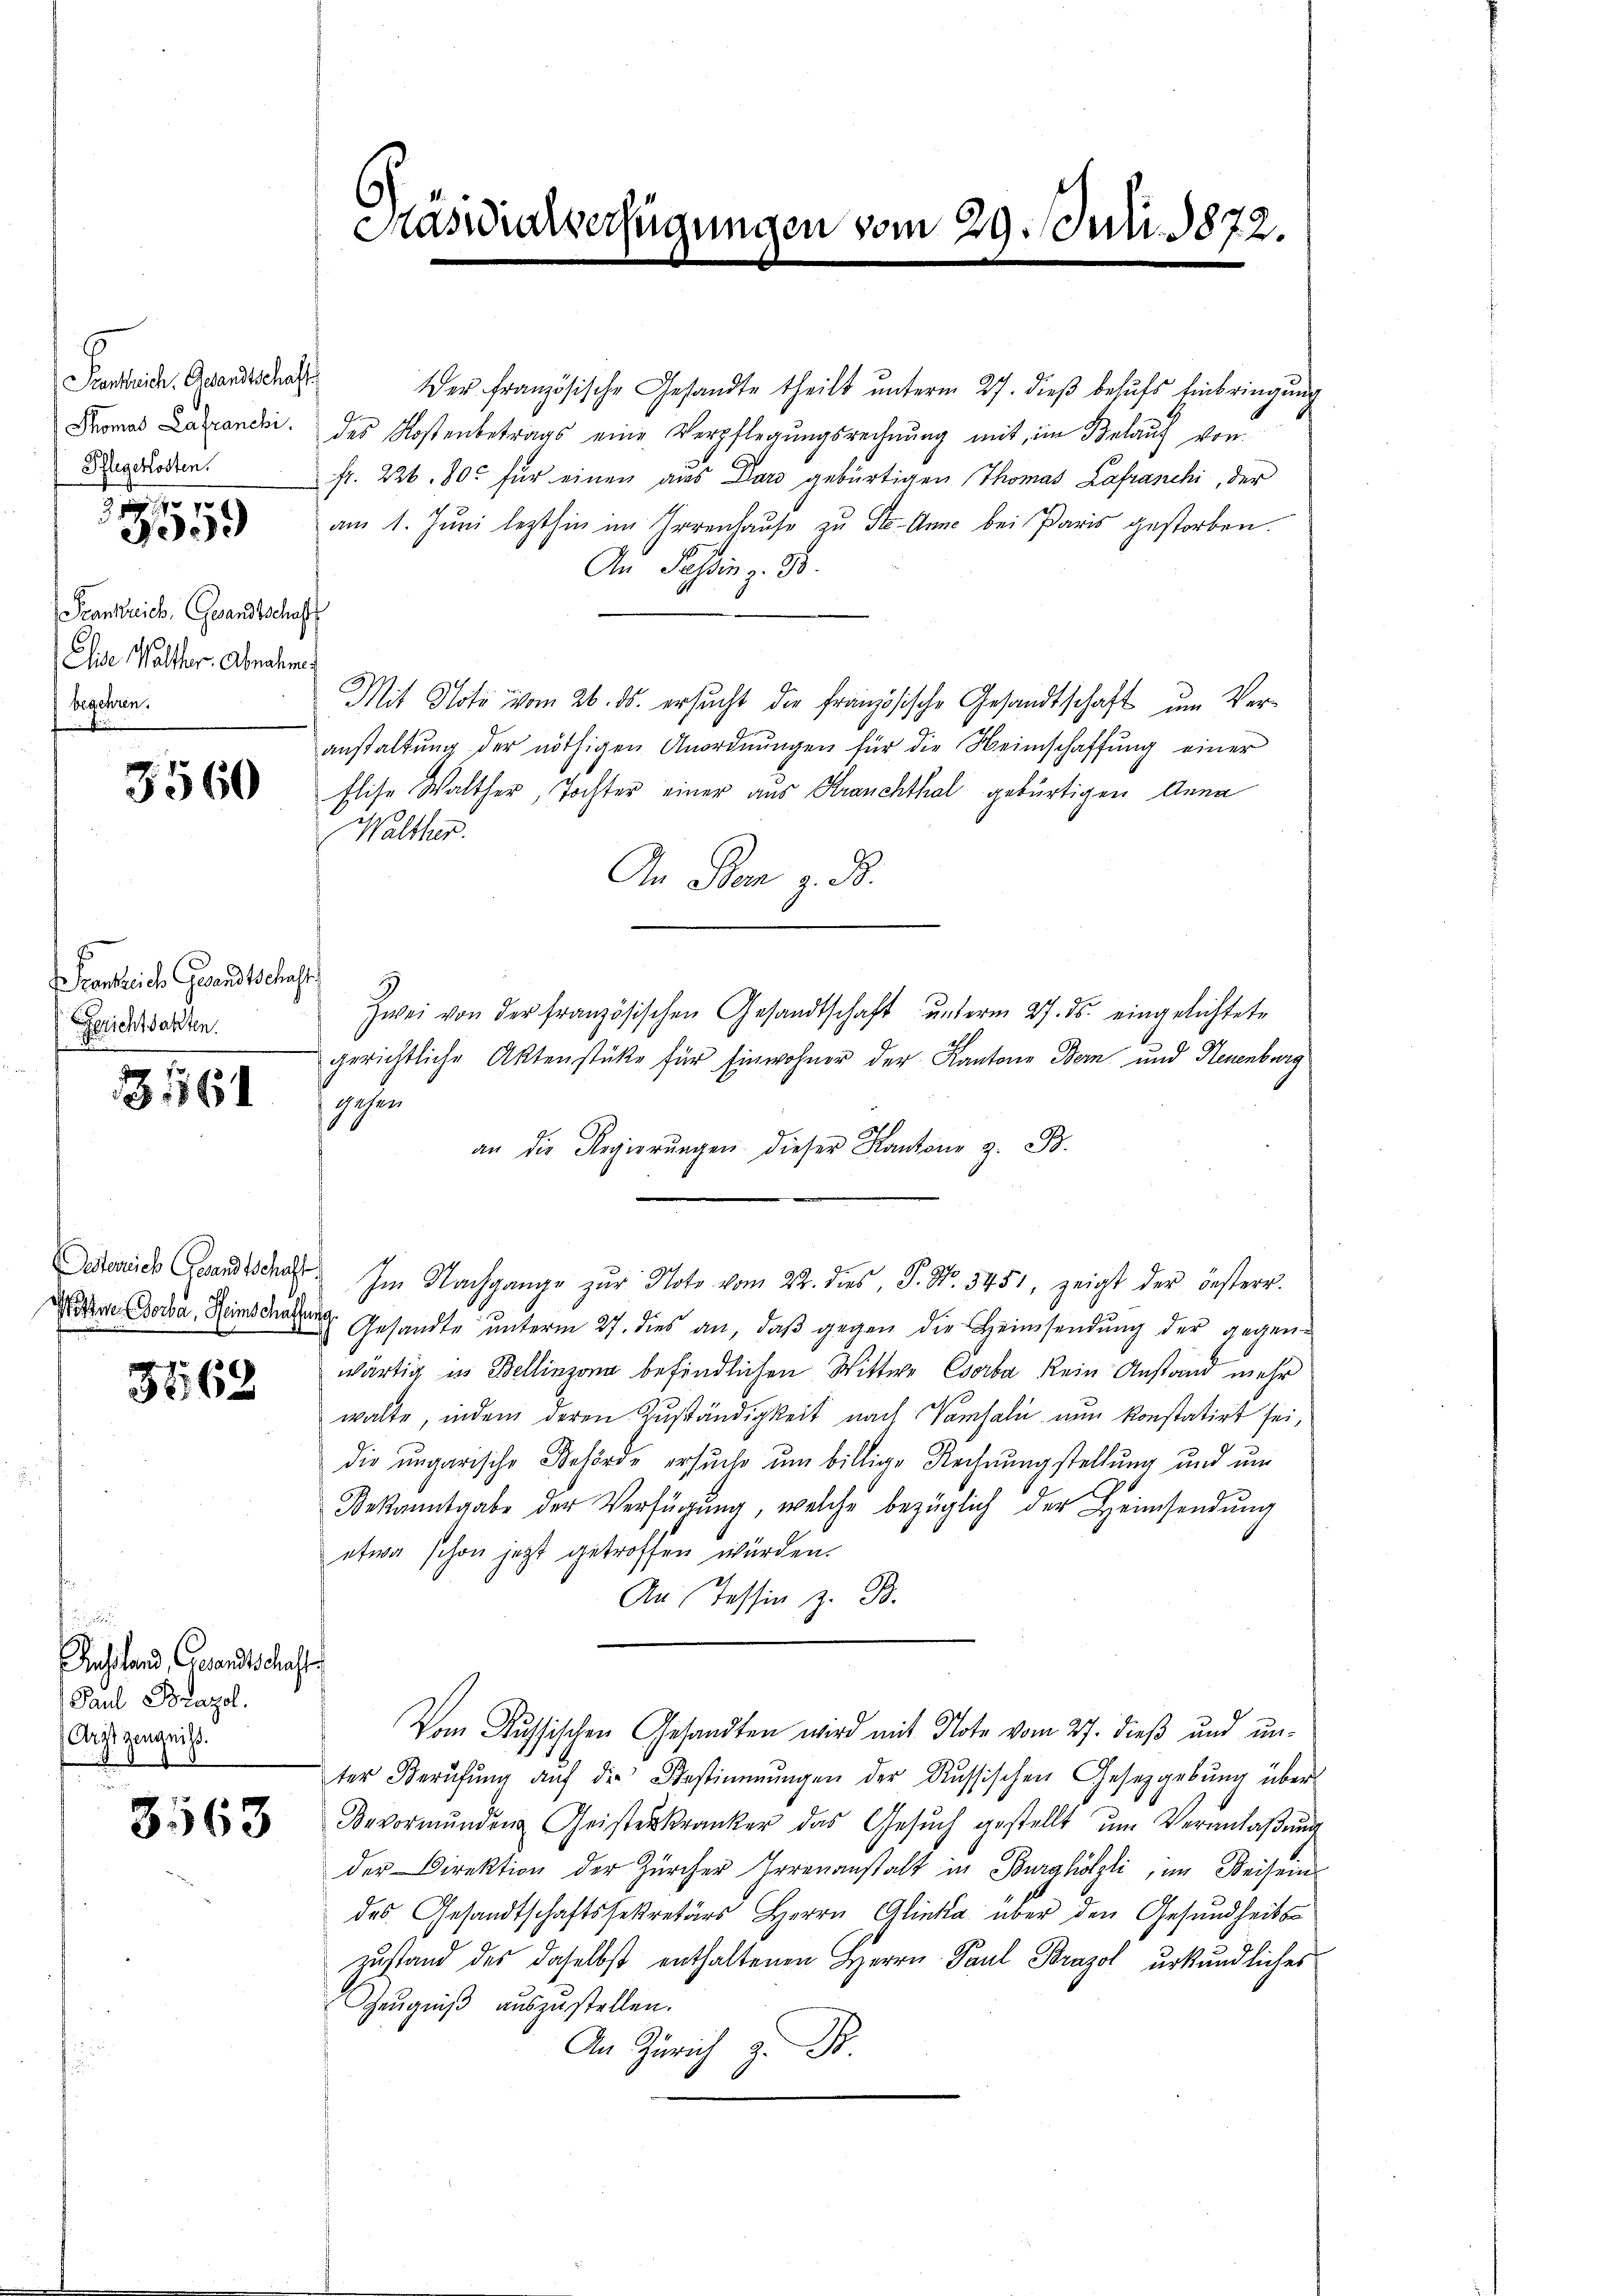
Seestreich. Gesandtschaft
Thomas Lafranchi.
Pflegekosten.

3 f 0 x
900.

Frankreich, Gesandtsche
Elise Walther, Abnahm
begehren.

3560

Krankreich Gesandtschaft
Gerichtsakten.

161

Oesterrich Greundtschaft
Wittwe Borba, Heimschaffen

36,68

d
Instand, Gesandtschaft
Paul Brazol.
Aisszeugnis.

3563

s

Hasuckverfügungen vom 29. Jun. 1872.

er französische Gesandte theilt unterm 27. dieß behufs Einbringung
des Kostenbetrags eine Verpflegungsrechnung mit, im Belauf von
fr. 226. 80. für einen aus Dars gebürtigen Thomas Lafranchi, der
am 1. Jŭni lezthin im Irrenhaŭse zu Ste-Anne bei Paris gestorben.
An Passin z. B.
Mit Note vom 26. ds. ersucht die französische Gesandtschaft um Ver-
anstaltŭng der nöthigen Anordnŭngen für die Heimschaffŭng einer
Elise Walther, Tochter einer aus Kranchthal gebürtigen Anna
Walther.
An Sten z. B.
Zwei von der französischen Gesandtschaft ŭnterm 27. ds. eingelichtete
gerichtliche Aktenstüke für Einwohner der Kantone Bern und Neuenburg
gehen
an die Regierŭngen dieser Kantone z. B.
Im Nachgange zŭr Note vom 22. dies, P. Nr. 3451, zeigt der oesterr.
 Gesandte ŭnterm 27. dies an, daβ gegen die Heimsendung der gegenwärtig in Bellinzona befindlichen Wittwe Cserba kein Anstand mehr
walte, indem deren Zŭständigkeit nach Vamsal nun konstatirt sei,
die ungarische Behörde ersuche um billige Rechnungstellung und um
Bekanntgabe der Verfügŭng, welche bezüglich der Heimsendŭng
etwa schon jetzt getroffen würden.
An Tessin z. B.
Vom Aussischen Gesandten wird mit Note vom 27. dieß und unter Berŭfŭng auf die Bestimmungen der Russischen Gesetzgebŭng über
Bevormŭnden Geisterkranker das Gesŭch gestellt ŭm Veranlaßung
der Direktion der Zürcher Irrenanstalt in Burghölzli, im Weisein
des Gesandtschaftssekretärs Herrn Glieka über den Gesundheits-
zustand des daselbst enthaltenen Herrn Paul Brazol urkundliches
Zeugniß auszustellen.
An Zürich z. B.